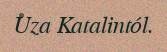
Uza Katalintól.